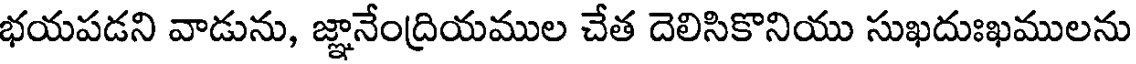
భయపడని వాడును, జ్ఞానేంద్రియముల చేత దెలిసికొనియు సుఖదుఃఖములను